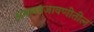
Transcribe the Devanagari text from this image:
अमलबजावणीतील